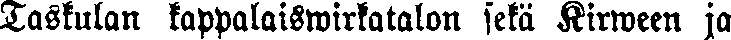
Taskulan kappalaiswirkatalon sekä Kirween ja